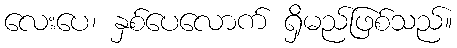
လေးပေ၊ နှစ်ပေလောက် ရှိမည်ဖြစ်သည်။